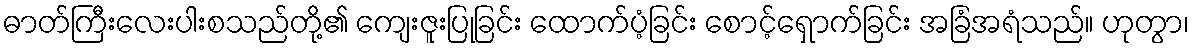
ဓာတ်ကြီးလေးပါးစသည်တို့၏ ကျေးဇူးပြုခြင်း ထောက်ပံ့ခြင်း စောင့်ရှောက်ခြင်း အခြံအရံသည်။ ဟုတွာ၊